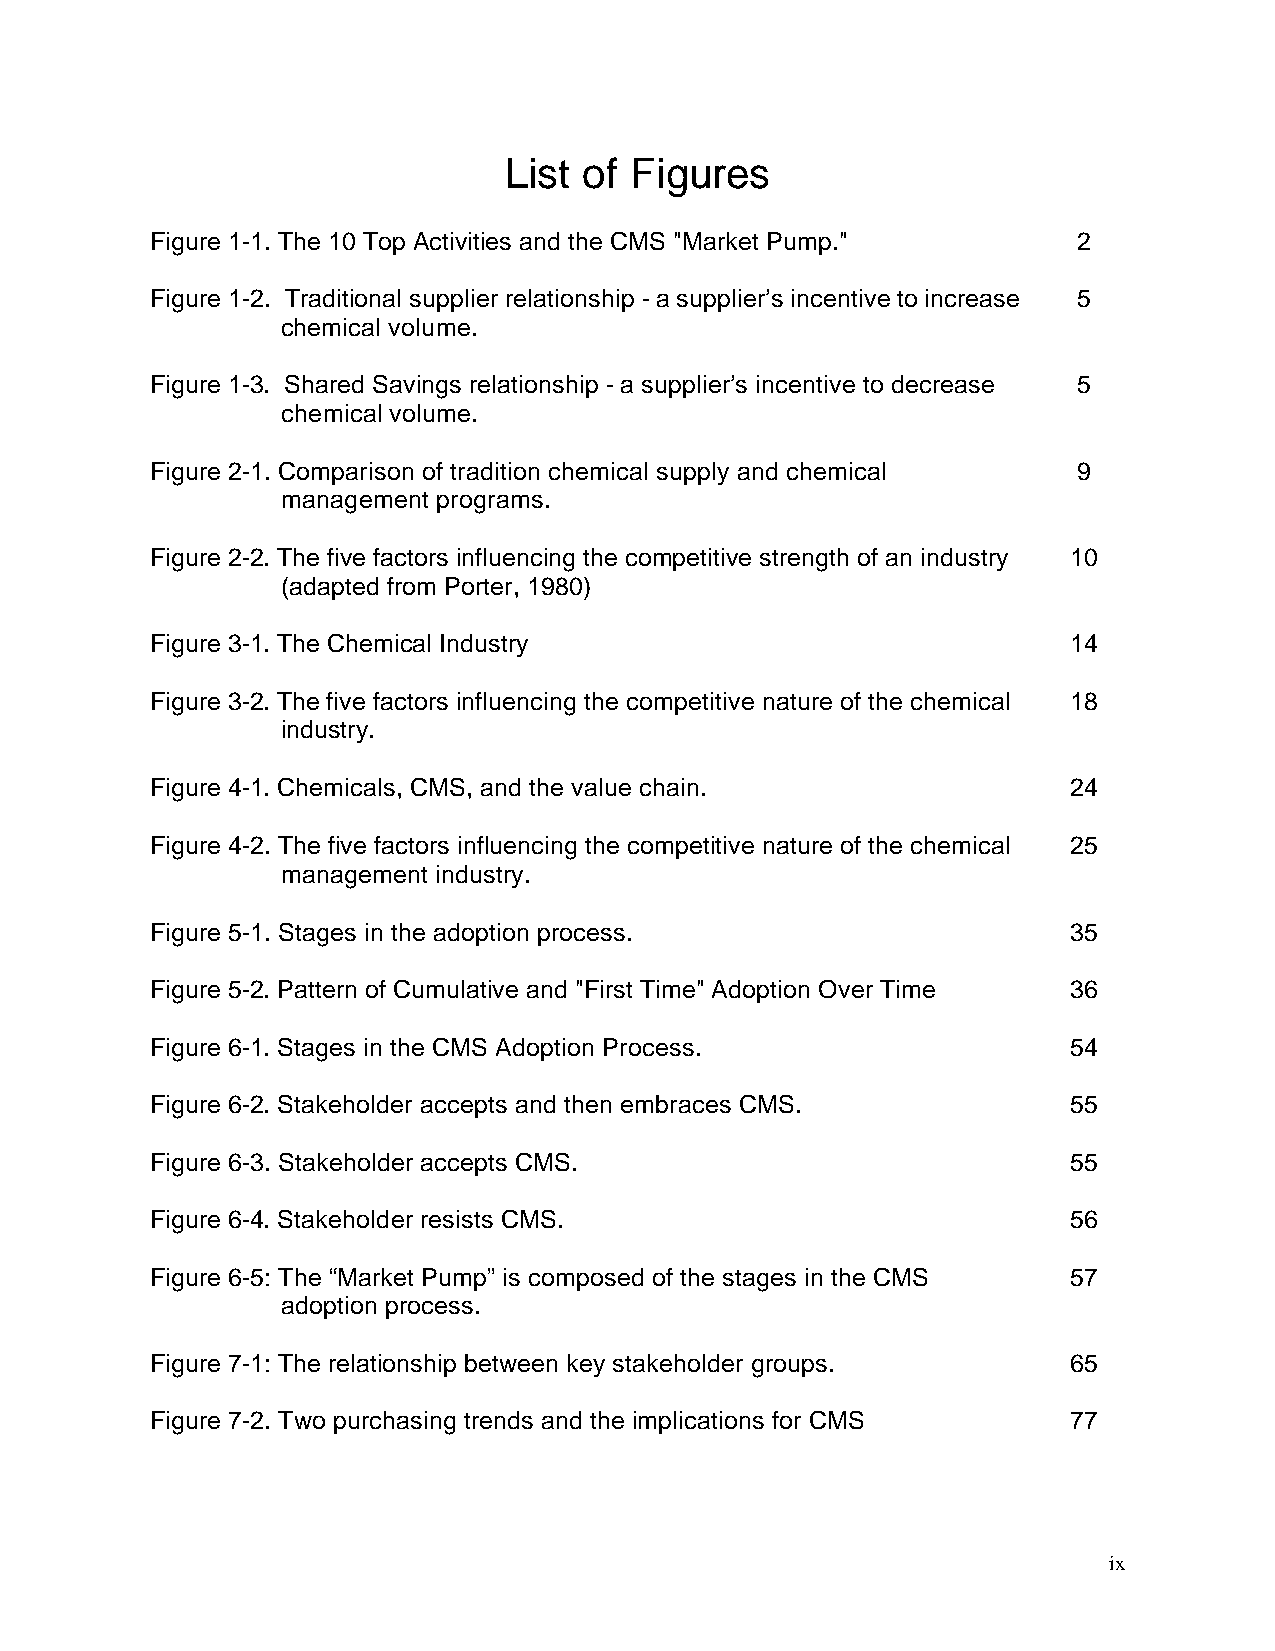
List  of Figures
 Figure 1-1. The 10 Top Activities and the CMS "Market Pump." 2
 Figure 1-2. Traditional supplier relationship - a supplier’s incentive to increase 5
 chemical volume.
 Figure 1-3. Shared Savings relationship - a supplier’s incentive to decrease 5
 chemical volume.
 Figure 2-1. Comparison of tradition chemical supply and chemical 9
 management programs.
 Figure 2-2. The five factors influencing the competitive strength of an industry 10
 (adapted from Porter, 1980)
 Figure 3-1. The Chemical Industry                            14
 Figure 3-2. The five factors influencing the competitive nature of the chemical 18
 industry.
 Figure 4-1. Chemicals, CMS, and the value chain.             24
 Figure 4-2. The five factors influencing the competitive nature of the chemical 25
 management industry.
 Figure 5-1. Stages in the adoption process.                  35
 Figure 5-2. Pattern of Cumulative and "First Time" Adoption Over Time 36
 Figure 6-1. Stages in the CMS Adoption Process.              54
 Figure 6-2. Stakeholder accepts and then embraces CMS.       55
 Figure 6-3. Stakeholder accepts CMS.                         55
 Figure 6-4. Stakeholder resists CMS.                         56
 Figure 6-5: The “Market Pump” is composed of the stages in the CMS 57
 adoption process.
 Figure 7-1: The relationship between key stakeholder groups. 65
 Figure 7-2. Two purchasing trends and the implications for CMS 77
 ix